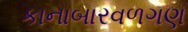
કાનાબારવળગણ